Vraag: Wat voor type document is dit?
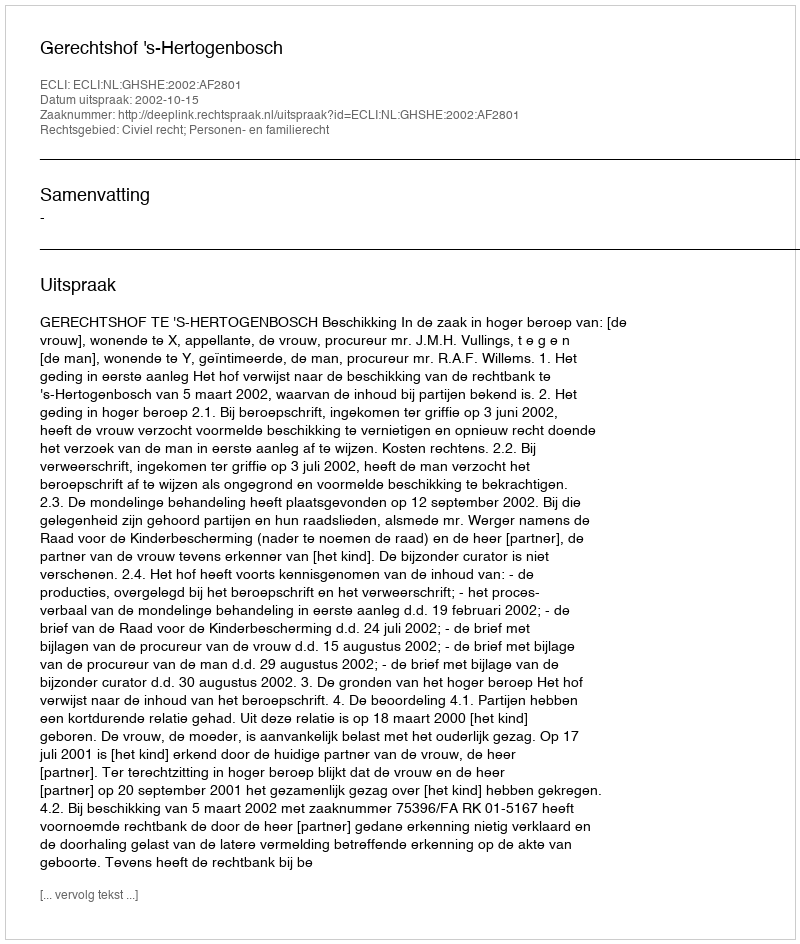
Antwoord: Uitspraak